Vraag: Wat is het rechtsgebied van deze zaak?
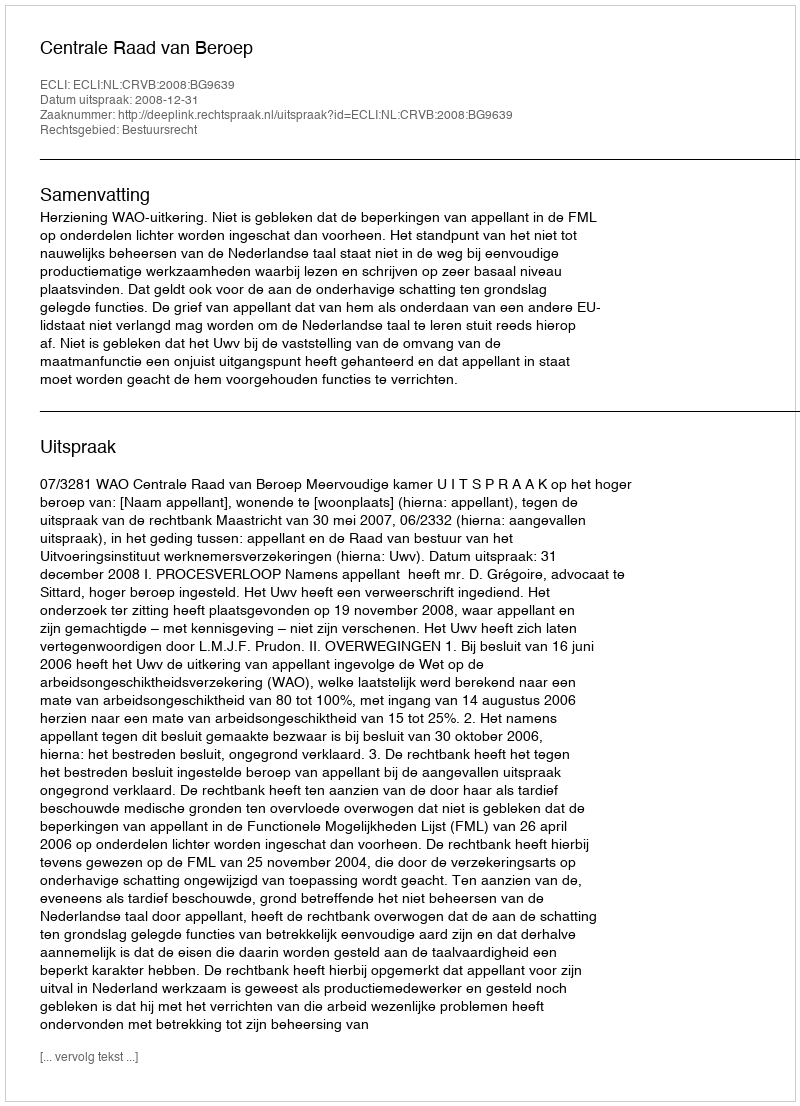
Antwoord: Bestuursrecht